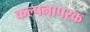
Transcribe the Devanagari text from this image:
कल्पनापरक